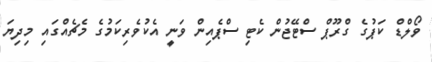
ވޯލްޑް ކަޕުގެ ގްރޫޕް ސްޓޭޖުން ކެޓި ސްޕެއިން ވަނީ އެކުވެރިކަމުގެ މެޗެއްގައި މިދިޔަ